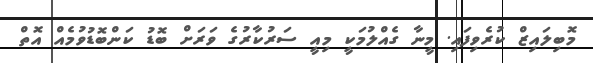
މޮބިލައިޒް ކުރެވިފައި. މީނާ ގެއްލުމަކީ މިއީ ސަރުކާރުގެ ވަރަށް ބޮޑު ކަންބޮޑުވުމެއް އޮތް